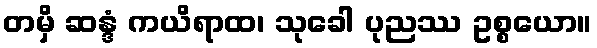
တမှိ ဆန္ဒံ ကယိရာထ၊ သုခေါ ပုညဿ ဥစ္စယော။